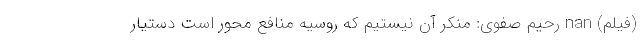
(فیلم) nan رحیم صفوی: منکر آن نیستیم که روسیه منافع محور است دستیار